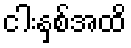
ငါးနှစ်အထိ